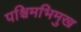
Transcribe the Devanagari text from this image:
पश्चिमभिमुख